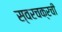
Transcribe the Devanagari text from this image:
स्वरचक्रची